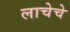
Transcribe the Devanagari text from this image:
लाचेचे